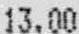
13.00